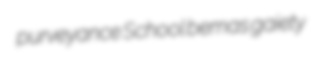
purveyance School bemas gaiety